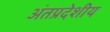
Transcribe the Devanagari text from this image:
अंतप्रदेशीय